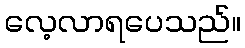
လေ့လာရပေသည်။